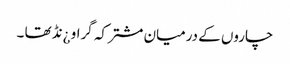
چاروں کے درمیان مشترکہ گراو ¿نڈ تھا ۔